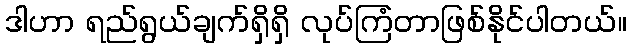
ဒါဟာ ရည်ရွယ်ချက်ရှိရှိ လုပ်ကြံတာဖြစ်နိုင်ပါတယ်။